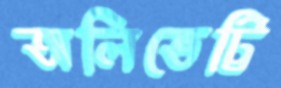
অলিভেট্টি